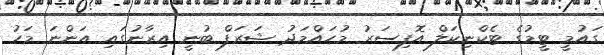
ގައުމީ ޓީމުގެ ޓެކްނިކަލް އޮފިސަރު މުހައްމަދު ޝަރަފް ބުނީ އިރާނުގައި އަންނަ މަހު